画像に写った文字を読んでください
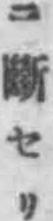
「ニ斷セリ」と書いてあります